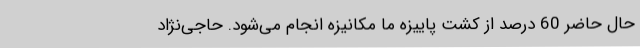
حال حاضر 60 درصد از کشت پاییزه ما مکانیزه انجام می‌شود. حاجی‌نژاد